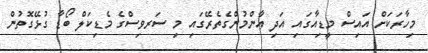
މިހާރަކަށް އައިސް މީޑިއާގައި އަދި ޢާންމުންގެތެރޭގައި މި ސަރވިސްގެ މެޑިކަލް ބޯޑާ ގުޅޭގޮތުން